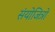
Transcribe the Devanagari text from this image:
संयोजित्रों